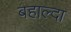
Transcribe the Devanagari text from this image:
बहाल्दा